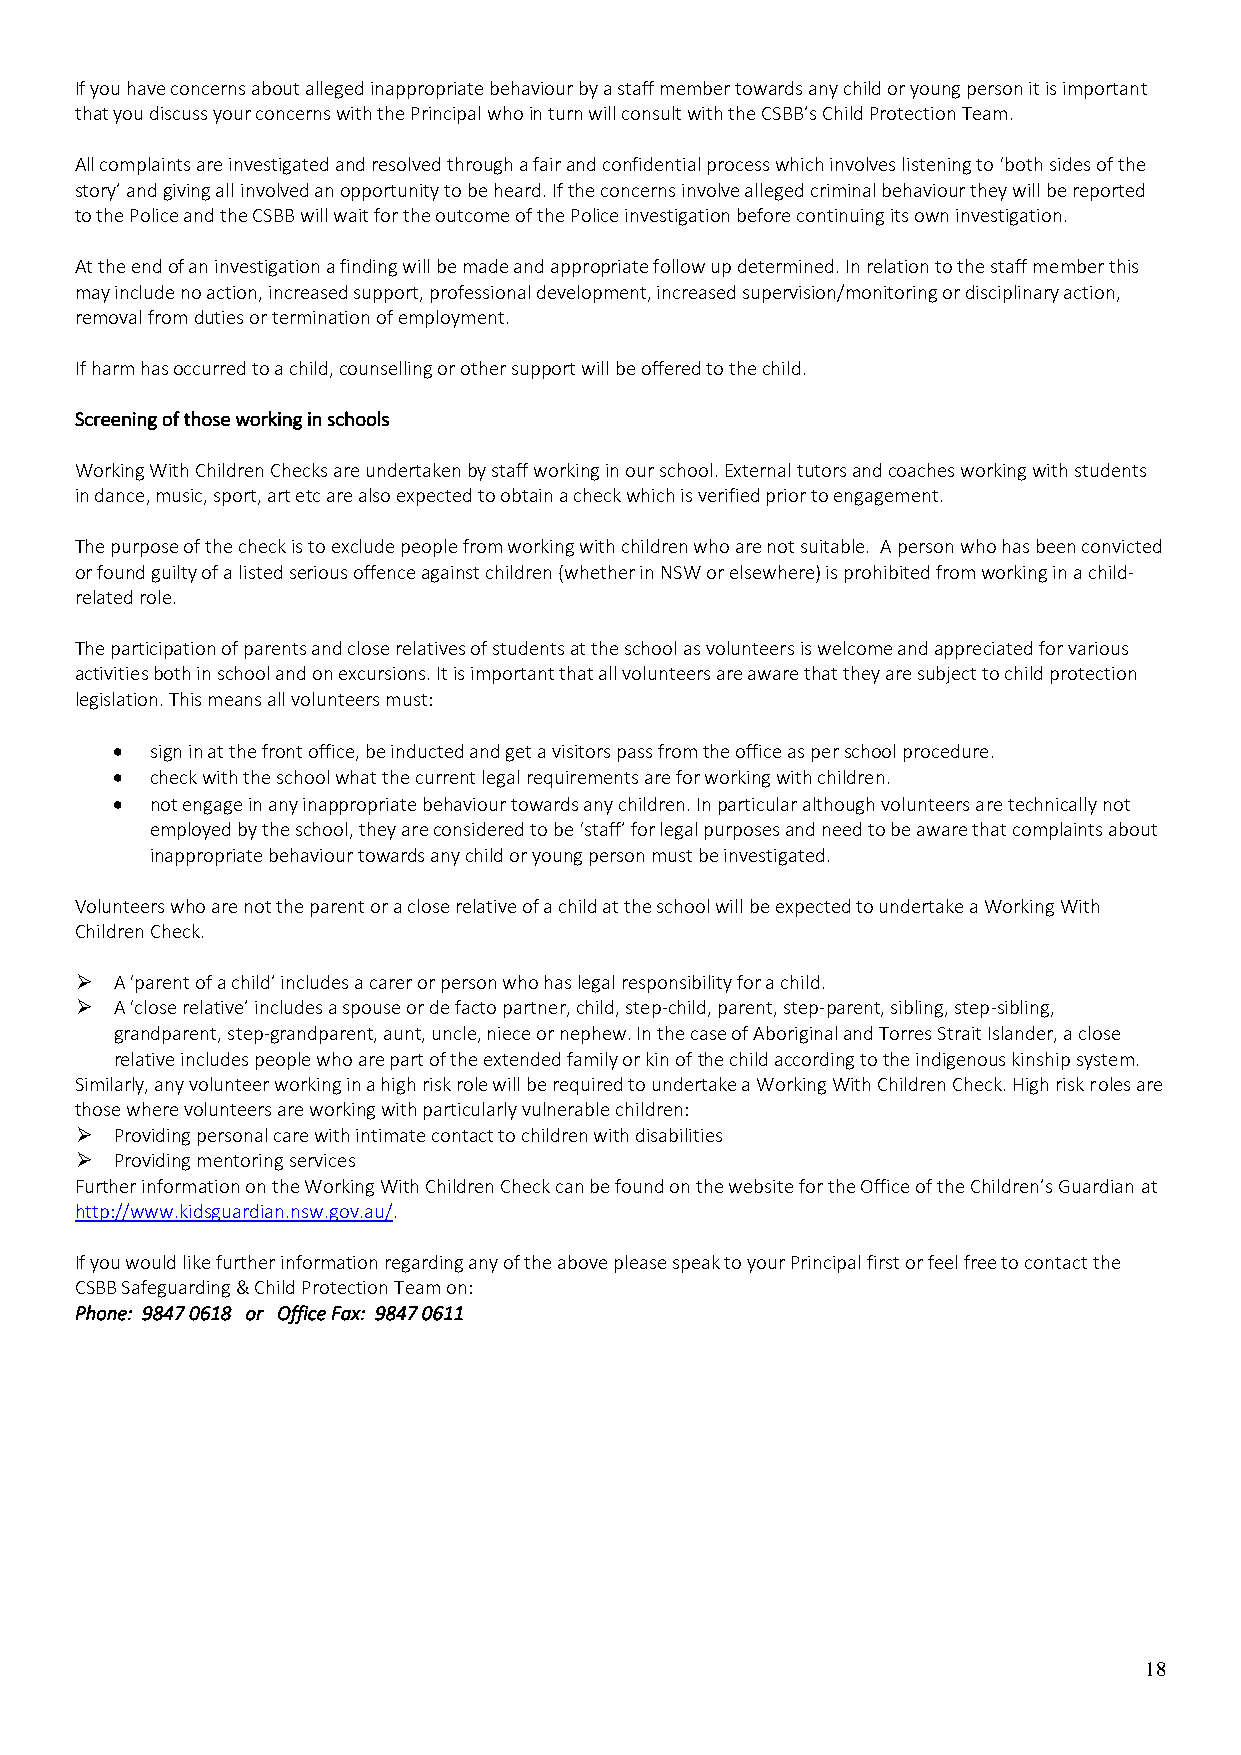
If you have concerns about alleged inappropriate behaviour by a staff member towards any child or young person it is important
 that you discuss your concerns with the Principal who in turn will consult with the CSBB’s Child Protection Team.
 All complaints are investigated and resolved through a fair and confidential process which involves listening to ‘both sides of the
 story’ and giving all involved an opportunity to be heard. If the concerns involve alleged criminal behaviour they will be reported
 to the Police and the CSBB will wait for the outcome of the Police investigation before continuing its own investigation.
 At the end of an investigation a finding will be made and appropriate follow up determined. In relation to the staff member this
 may include no action, increased support, professional development, increased supervision/monitoring or disciplinary action,
 removal from duties or termination of employment.
 If harm has occurred to a child, counselling or other support will be offered to the child.
 Screening of those working in schools
 Working With Children Checks are undertaken by staff working in our school. External tutors and coaches working with students
 in dance, music, sport, art etc are also expected to obtain a check which is verified prior to engagement.
 The purpose of the check is to exclude people from working with children who are not suitable. A person who has been convicted
 or found guilty of a listed serious offence against children (whether in NSW or elsewhere) is prohibited from working in a child-
 related role.
 The participation of parents and close relatives of students at the school as volunteers is welcome and appreciated for various
 activities both in school and on excursions. It is important that all volunteers are aware that they are subject to child protection
 legislation. This means all volunteers must:
 •  sign in at the front office, be inducted and get a visitors pass from the office as per school procedure.
 •  check with the school what the current legal requirements are for working with children.
 •  not engage in any inappropriate behaviour towards any children. In particular although volunteers are technically not
 employed by the school, they are considered to be ‘staff’ for legal purposes and need to be aware that complaints about
 inappropriate behaviour towards any child or young person must be investigated.
 Volunteers who are not the parent or a close relative of a child at the school will be expected to undertake a Working With
 Children Check.
 ➢  A ‘parent of a child’ includes a carer or person who has legal responsibility for a child.
 ➢  A ‘close relative’ includes a spouse or de facto partner, child, step-child, parent, step-parent, sibling, step-sibling,
 grandparent, step-grandparent, aunt, uncle, niece or nephew. In the case of Aboriginal and Torres Strait Islander, a close
 relative includes people who are part of the extended family or kin of the child according to the indigenous kinship system.
 Similarly, any volunteer working in a high risk role will be required to undertake a Working With Children Check. High risk roles are
 those where volunteers are working with particularly vulnerable children:
 ➢  Providing personal care with intimate contact to children with disabilities
 ➢  Providing mentoring services
 Further information on the Working With Children Check can be found on the website for the Office of the Children’s Guardian at
 http://www.kidsguardian.nsw.gov.au/.
 If you would like further information regarding any of the above please speak to your Principal first or feel free to contact the
 CSBB Safeguarding & Child Protection Team on:
 Phone: 9847 0618 or Office Fax: 9847 0611
 18